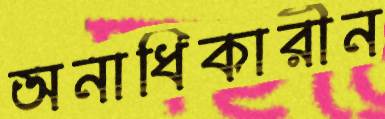
অনাধিকারীন